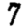
Digit: 7